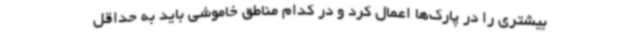
بیشتری را در پارک‌ها اعمال کرد و در کدام مناطق خاموشی باید به حداقل